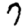
Digit: 7